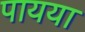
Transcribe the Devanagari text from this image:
पायया